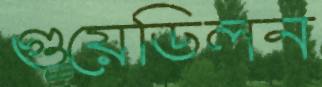
গুয়েডিলন